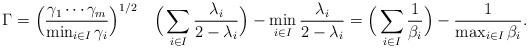
LaTeX: \begin{align*}\Gamma =\Big(\frac{\gamma_1\cdots\gamma_m}{\min_{i\in I}\gamma_i}\Big)^{1/2}\quad\Big(\sum_{i\in I}\frac{\lambda_i}{2-\lambda_i}\Big) -\min_{i\in I}\frac{\lambda_i}{2-\lambda_i} =\Big(\sum_{i\in I}\frac{1}{\beta_i}\Big) -\frac{1}{\max_{i\in I}\beta_i}.\end{align*}